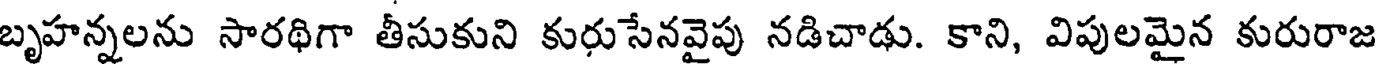
బృహన్నలను సారథిగా తీసుకుని కురుసేనవైపు నడిచాడు. కాని, విపులమైన కురురాజ